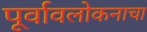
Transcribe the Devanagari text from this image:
पूर्वावलोकनाचा